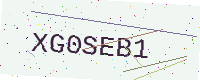
Text: XG0SEB1